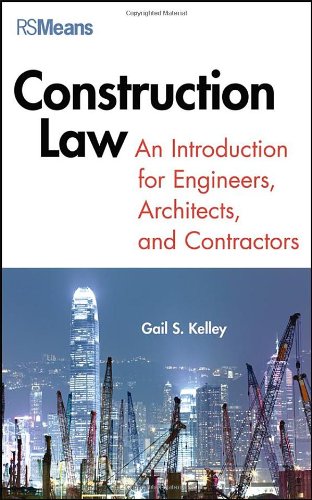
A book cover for Construction Law: An Introduction for Engineers, Architects, and Contractors; Gail Kelley; Law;